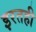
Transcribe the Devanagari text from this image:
इरतही